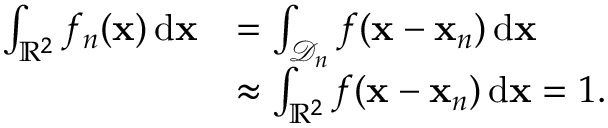
\begin{array} { r l } { \int _ { \mathbb { R } ^ { 2 } } f _ { n } ( \mathbf { x } ) \, \mathrm { d } \mathbf { x } } & { = \int _ { \mathcal { D } _ { n } } f ( \mathbf { x } - \mathbf { x } _ { n } ) \, \mathrm { d } \mathbf { x } } \\ & { \approx \int _ { \mathbb { R } ^ { 2 } } f ( \mathbf { x } - \mathbf { x } _ { n } ) \, \mathrm { d } \mathbf { x } = 1 . } \end{array}